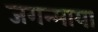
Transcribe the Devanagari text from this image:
जगन्माया